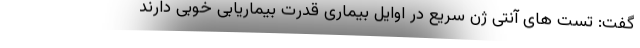
گفت: تست های آنتی ژن سریع در اوایل بیماری قدرت بیماریابی خوبی دارند